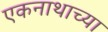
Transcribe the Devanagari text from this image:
एकनाथाच्या